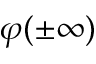
\varphi ( \pm \infty )